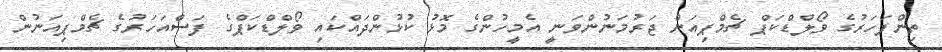
ތިންފަހަރުގެ ވޯލްޑްކަޕް ޗެމްޕިއަން ޖަރުމަނުންވަނީ އެމީހުންގެ މޮޅު ކުޅުންދައްކައި ވޯލްޑްކަޕްގެ ފަސްއަހަރުގެ ޗެމްޕިއަނުން